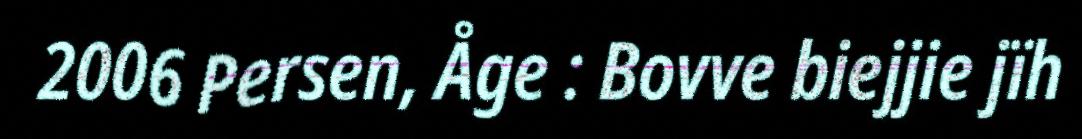
2006 Persen, Åge : Bovve biejjie jïh